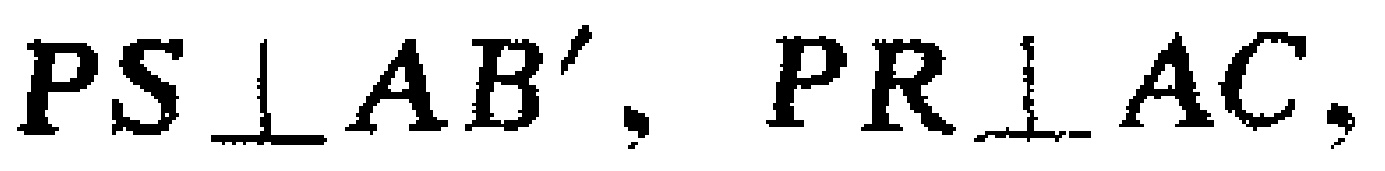
$PS\perp AB', PR\perp AC,$